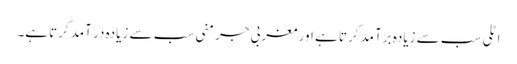
اٹلی سب سے زیادہ برآمد کرتا ہے اور مغربی جرمنی سب سے زیادہ در آمد کرتاہے۔